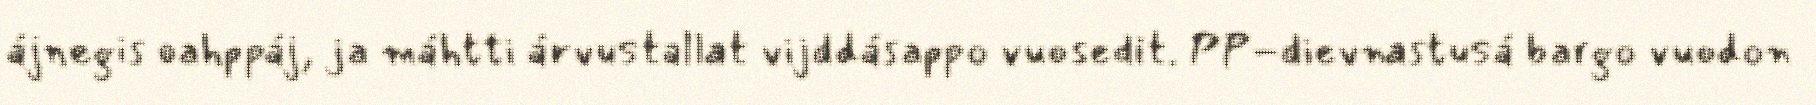
ájnegis oahppáj, ja máhtti árvustallat vijddásappo vuosedit. PP-dievnastusá bargo vuodon